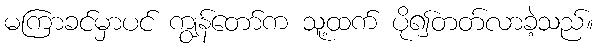
မကြာခင်မှာပင် ကျွန်တော်က သူ့ထက် ပို၍တတ်လာခဲ့သည်။